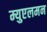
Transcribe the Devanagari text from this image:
म्युएलमन